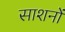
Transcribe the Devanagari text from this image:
साशनों